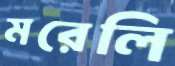
মরেলি